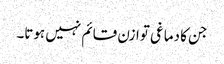
جن کا دماغی توازن قائم نہیں ہوتا۔